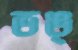
ভঙ্